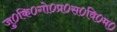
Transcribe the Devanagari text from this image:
जु०कि०गो०प्र०स०वि०म०